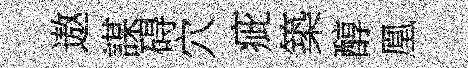
遨謀碍穴疵築醇凰